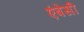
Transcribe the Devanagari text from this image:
एंबेसी